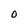
Character: O